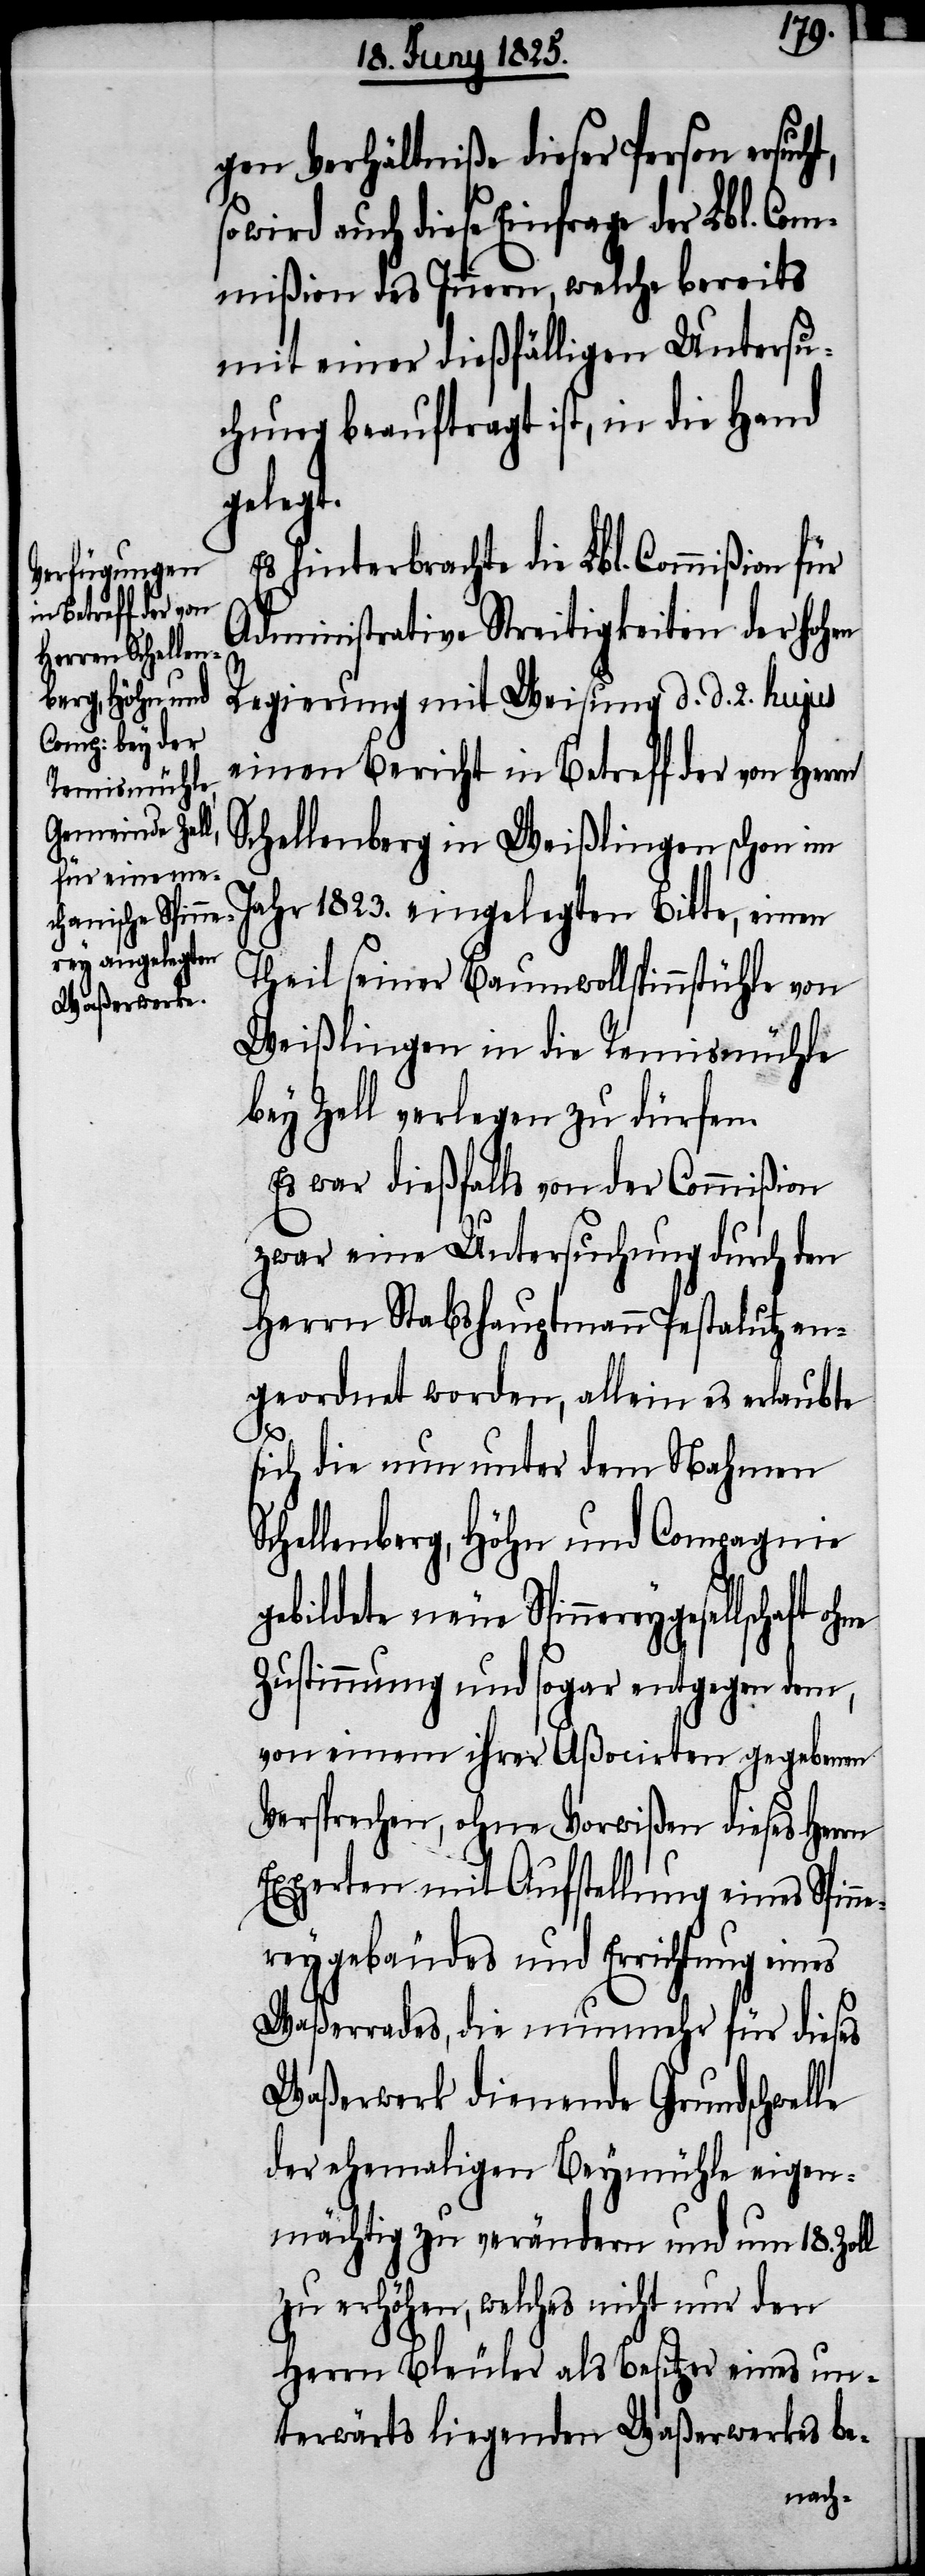
le
gen Verhältniße dieser Person ersuc¬
so wird auch diese Einfrage der Lbl. Com¬
mißion des Innern, welche bereits
mit einer dießfälligen Untersu¬
chung beauftragt ist, in die Hand
gelegt.
Es hinterbrachte die Lbl. Commißion für
Administrative Streitigkeiten der hohen
Regierung mit Weisung d. d. 2. hujus
einen Bericht in Betreff der von Herrn
Schellenberg in Weißlingen schon im
Jahr 1823. eingelegten Bitte, einen
Theil seiner Baumwollspinnstühle von
Weißlingen in die Remismühle
bey Zell verlegen zu dürfen.
Es war dießfalls von der Commißion
zwar eine Untersuchung durch den
Herrn Stabshauptmann Pestalutz an¬
geordnet worden, allein es erlaubte
sich die nun unter dem Nahmen
Schellenberg, Höhn und Compagnie
gebildete neue Spinnereygesellschaft
Zustimmung und sogar entgegen dem,
von einem ihrer Aßocirten gegebenen
Versprechen, ohne Vorwißen dieses
Experten mit Aufstellung eines Spin¬
nereygebäudes und Errichtung eines
Waßerrades, die nunmehr für dieses
Waßerwerk dienende Grundschwel¬
der ehemaligen Beymühle eigen¬
mächtig zu verändern und um 18. Zoll
zu erhöhen, welches nicht nur den
Herrn Bleuler als Besitzer eines un¬
terwärts liegenden Waßerwerkes be-